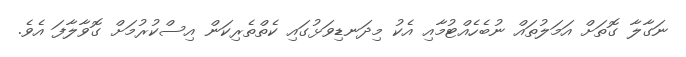
ނަގާލާ ގޮތަށް އަމަލުތައް ނުބެހެއްޓުމާއި އެކު މިދަނޑިވަޅުގައި ކެތްތެރިކަން އިސްކުރުމަށް ގޮވާލާފަ އެވެ.